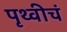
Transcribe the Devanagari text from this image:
पृथ्वीचं